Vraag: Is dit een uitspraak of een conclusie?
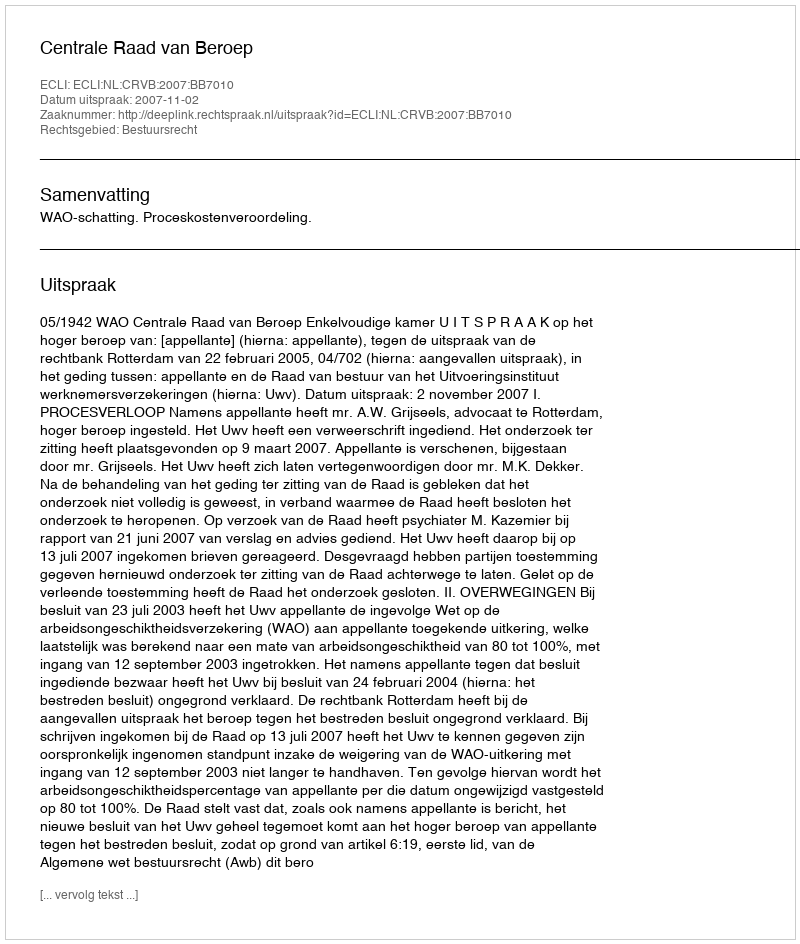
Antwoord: Uitspraak